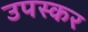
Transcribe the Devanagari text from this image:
उपस्‍कर